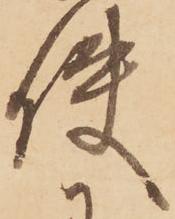
使